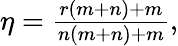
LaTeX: \begin{array}{r}{\eta=\frac{r(m+n)+m}{n(m+n)+m},}\end{array}